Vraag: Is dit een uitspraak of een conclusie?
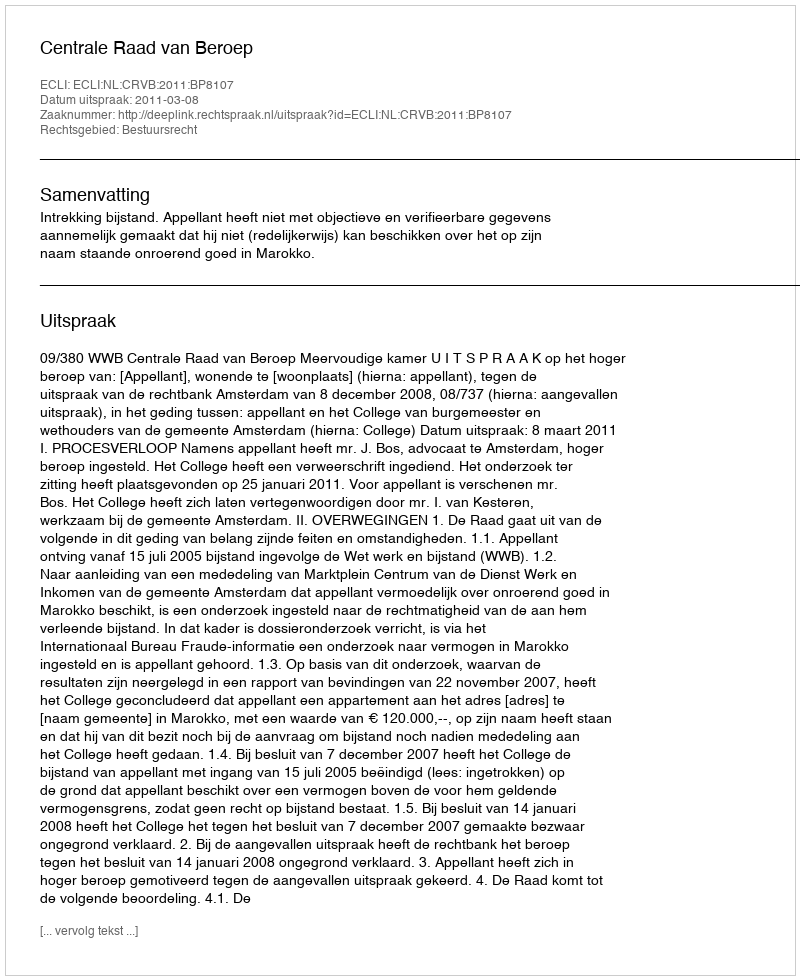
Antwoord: Uitspraak